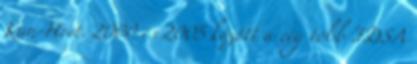
Kun-Heet. 2000 és 2005 között a cég több IDSA